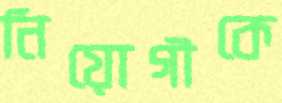
নিয়োগীকে